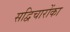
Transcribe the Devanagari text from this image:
सद्विचारोंका